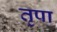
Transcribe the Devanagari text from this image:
तृपा